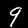
Digit: 9